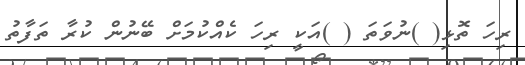
ރިހަ ތޮޅި( )ނުވަތަ ( )އަކީ ރިހަ ކެއްކުމަށް ބޭނުން ކުރާ ތަފާތު